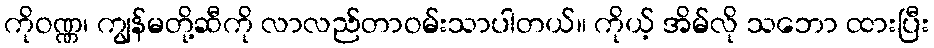
ကိုဝဏ္ဏ၊ ကျွန်မတို့ဆီကို လာလည်တာဝမ်းသာပါတယ်။ ကိုယ့် အိမ်လို သဘော ထားပြီး